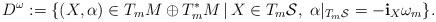
LaTeX: \begin{gather*}D^{\omega}:=\{(X,\alpha)\in T_{m}M\oplus T_{m}^{\ast}M\,|\, X\in T_{m}\mathcal{S},\;\alpha|_{T_{m}\mathcal{S}}=-\mathbf{i}_{X}\omega_{m}\}.\end{gather*}